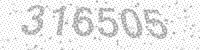
Solution: 316505